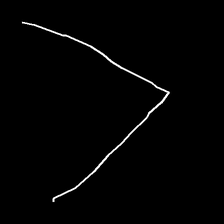
Glyph: region